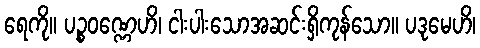
ရေကို။ ပဉ္စဝဏ္ဏေဟိ၊ ငါးပါးသောအဆင်းရှိကုန်သော။ ပဒုမေဟိ၊